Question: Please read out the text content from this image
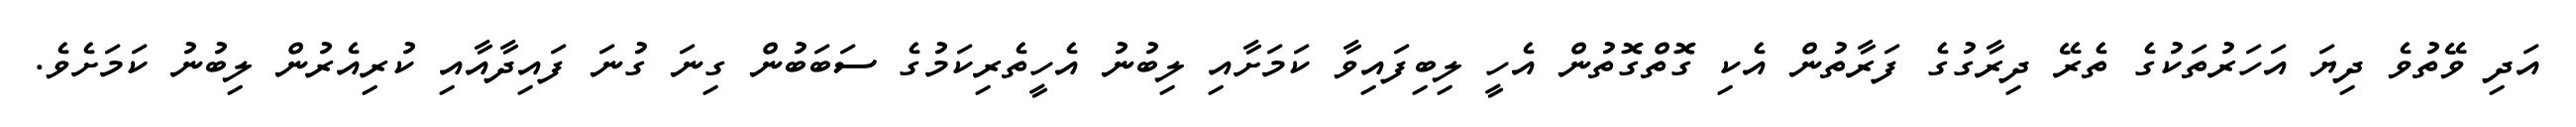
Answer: އަދި ވޭތުވެ ދިޔަ އަހަރުތަކުގެ ތެރޭ ދިރާގުގެ ފަރާތުން އެކި ގޮތްގޮތުން އެހީ ލިބިފައިވާ ކަމަށާއި ލިބުނު އެހީތެރިކަމުގެ ސަބަބުން ގިނަ ގުނަ ފައިދާއާއި ކުރިއެރުން ލިބުނު ކަމަށެވެ.